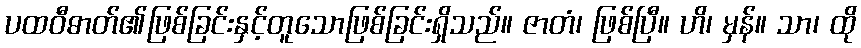
ပထဝီဓာတ်၏ဖြစ်ခြင်းနှင့်တူသောဖြစ်ခြင်းရှိသည်။ ဇာတံ၊ ဖြစ်ပြီ။ ဟိ၊ မှန်။ သာ၊ ထို